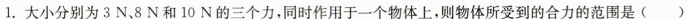
1.大小分别为3N、8N和10N的三个力，同时作用于一个物体上，则物体所受到的合力的范围是( )